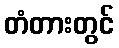
တံတားတွင်